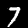
Label: 7